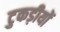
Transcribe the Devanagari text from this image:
टुकड़ीयों